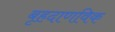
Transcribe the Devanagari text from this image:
बृहदाणविक